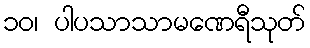
၁၀၊ ပါပသာသာမဏေရီသုတ်